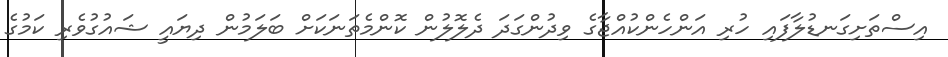
އިސްތަށިގަނޑުލާފައި ހުރި އަންހެންކުއްޖާގެ ވިދުންގަދަ ދެލޮލުން ކޮންމެތަނަކަށް ބަލަމުން ދިޔައީ ޝައުގުވެރި ކަމުގެ